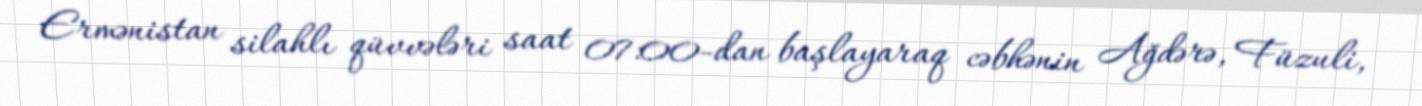
Ermənistan silahlı qüvvələri saat 07:00-dan başlayaraq cəbhənin Ağdərə, Füzuli,